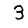
Digit: 3